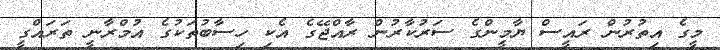
މީގެ އިތުރުން ރައީސް ޔާމީންގެ ސަރުކާރުން ރާއްޖޭގެ އެކި ހިސާބުތަކުގެ އުމްރާނީ ތަރައްގީ